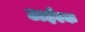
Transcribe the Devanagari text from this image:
टाईल्क